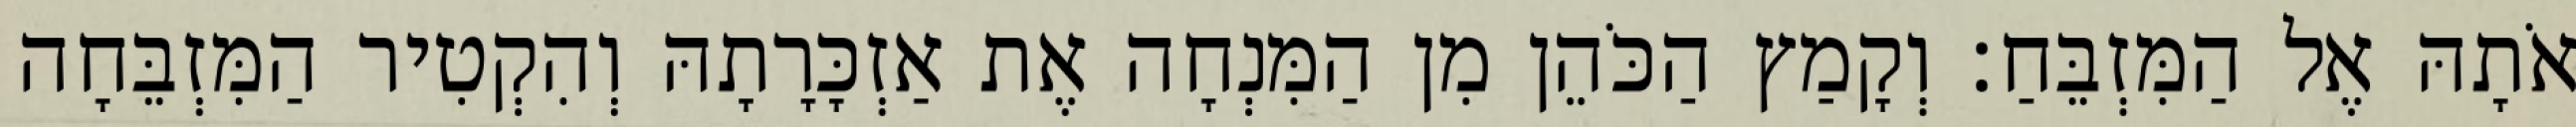
אֹתָהּ אֶל הַמִּזְבֵּחַ׃ וְקָמַץ הַכֹּהֵן מִן הַמִּנְחָה אֶת אַזְכָּרָתָהּ וְהִקְטִיר הַמִּזְבֵּחָה